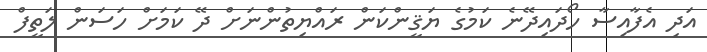
އަދި އެފާއިސާ ހޯދައިދޭނެ ކަމުގެ ޔަޤީންކަން ރައްޔިތުންނަށް ދޭ ކަމަށް ހަސަން ލަތީފް